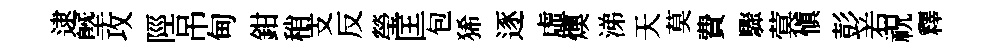
逮塈攻陘吊甸鉗稍支反瑩匡包狶逐虛燠涕天莫費驟蓂愼彭𠰥祝釋